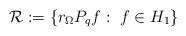
LaTeX: \begin{align*}\mathcal{R}:= \{r_{\Omega} P_q f: \ f\in H_1 \}\end{align*}